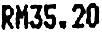
RM35.20